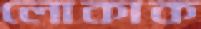
লোকাক